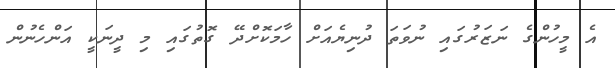
އެ މީހުންގެ ނަޒަރުގައި ނުވަތަ ދުނިޔެއަށް ހާމަކޮށްދޭ ގޮތުގައި މި ދީނަކީ އަންހެނުން